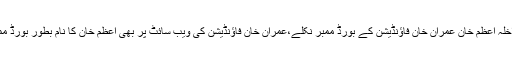
نگراں وزیر داخلہ اعظم خان عمران خان فاؤنڈیشن کے بورڈ ممبر نکلے،عمران خان فاؤنڈیشن کی ویب سائٹ پر بھی اعظم خان کا نام بطور بورڈ ممبر موجودہے۔